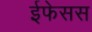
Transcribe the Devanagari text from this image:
ईफेसस